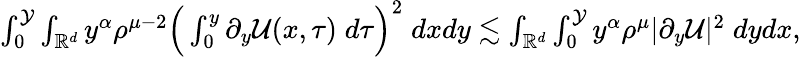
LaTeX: \begin{array}{r}{\int_{0}^{\mathcal{Y}}\int_{\mathbb{R}^{d}}y^{\alpha}\rho^{\mu-2}\Big(\int_{0}^{y}\partial_{y}\mathcal{U}(x,\tau)\; d\tau\Big)^{2}\; dxdy\lesssim\int_{\mathbb{R}^{d}}\int_{0}^{\mathcal{Y}}y^{\alpha}\rho^{\mu}|\partial_{y}\mathcal{U}|^{2}\; dydx,}\end{array}